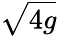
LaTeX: \sqrt{4g}